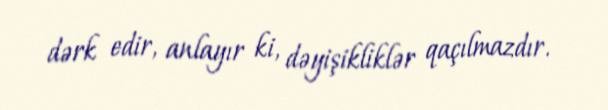
dərk edir, anlayır ki, dəyişikliklər qaçılmazdır.